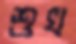
শুখ